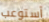
أستوعب